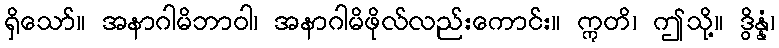
ရှိသော်။ အနာဂါမိဘာဝါ၊ အနာဂါမိဖိုလ်လည်းကောင်း။ ဣတိ၊ ဤသို့။ ဒွိန္နံ၊